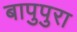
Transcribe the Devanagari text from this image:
बापुपुरा